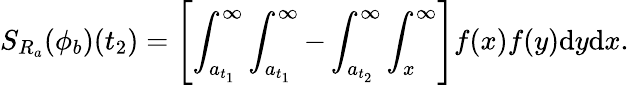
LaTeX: S_{R_{a}}(\phi_{b})(t_{2})=\left[\int_{a_{t_{1}}}^{\infty}\int_{a_{t_{1}}}^{\infty}-\int_{a_{t_{2}}}^{\infty}\int_{x}^{\infty}\right]f(x)f(y)\mathrm{d}y\mathrm{d}x.